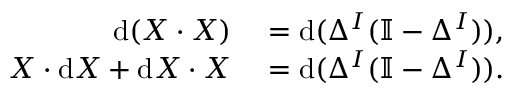
\begin{array} { r l } { \mathrm { d } ( X \cdot X ) } & { { } = \mathrm { d } ( \Delta ^ { I } ( \mathbb { I } - \Delta ^ { I } ) ) , } \\ { X \cdot \mathrm { d } X + \mathrm { d } X \cdot X } & { { } = \mathrm { d } ( \Delta ^ { I } ( \mathbb { I } - \Delta ^ { I } ) ) . } \end{array}